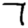
Digit: 7